Report of the Municipal Commissioner on the plague in Bombay for the year ending 31st May... - Volume 1
Disease focus: Plague
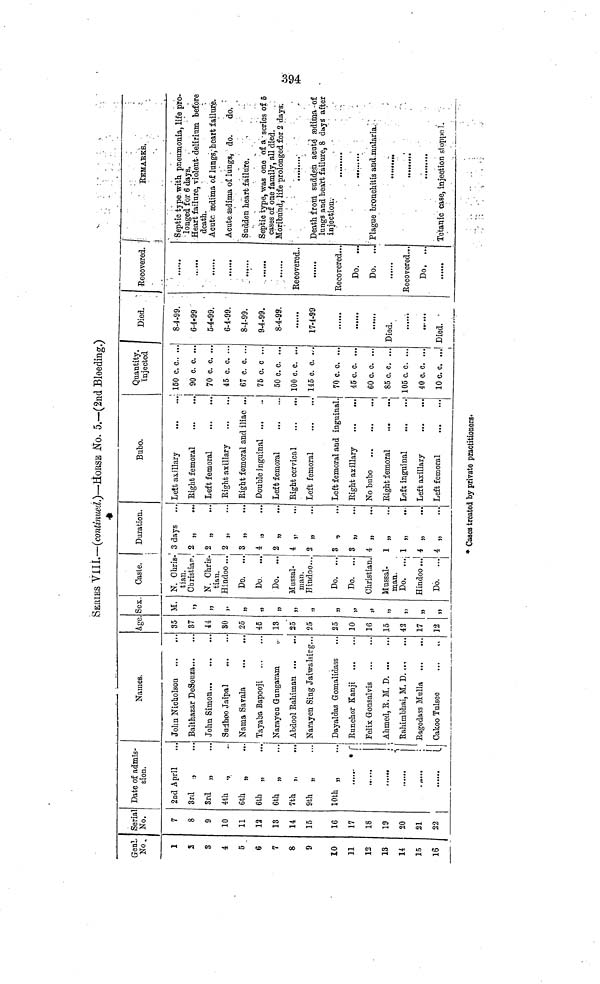
394
SERIES YilL—(continued.)—HOESI No. 5.—(2nd Bleeding.)
Geni.
No.
1
2
3
4
5
6
7
g
9
10
11
12
13
14
15
16
Serial
No.
7
8
9
10
11
12
13
14
15
16
17
18
19
20
21
22
Date of admis-
sion.
2nd April
3rd
.,
3rd „
4th
.,
6*
6th „
6th „
7th j,
...
9th „
10th ,
,...„ * r
""'
1
......
,
•^i
i
Names.
John Nicholson
Balthazar DeSouza
John Simon
Sudhoo Jaipal
Ñama Savala
Tayaba Bapooji
Narayen Gungavam
Abdool Rahiinan ·«·
··.
Narayen Sing Jaiwalsirg...
Da váidas Gomalidass
...
Runchor Kanji ...
...
Felix Gronsalvis
Ahmed, S.M. D
Rahimbhai, M. D. ..-,
Ragodass Mulla ...
...
Cakoo Tulseo
Age.
35
37
44
80
25
45
13
25
25
25
10
16
15
43
17
12
Sex.
M.
>>
»
Jl
5)
»
»
J7
1)
3)
»
J>
11
J)
W
11
Caste,
N. Chris-
tian.
Cbristiar.
N. Chris-
tian.
Hindoo ...
Do.
...
Do.
...
Do. ...
Mussal-
man.
Hindoo...
Do. ...
Do. ...
Christian.
Mussal-
man.
Do. ...
Hindoo ...
Do.
...
Duration.
3 days
2 „
2 „
...
2 „
3 „
4
2 „
4 .,
>
2 „
3 „
3 ..
t)
4 „
1 „
1 „
4 „
4 „
Bubo.
Leit axillary
Right femoral
Left femoral
Right axillary
Right femoral and iliac ...
Double inguinal ...
Left femoral
Right cervical
Left femoral
Left femoral and inguinal.
Right axillary
No bubo
Right femoral
.»
Left inguinal
Left axillary
Left femoral
Quantity.
Injected
150 c. c.. ..
90 c. c. ...
70 c. c. ..
45 c. c. ...
67 c. c. ...
75 c. c ...
50 c. c. ...
100 c. c. ...
145 c. c. ..·.
70 c. c. ...
45 c. c. ...
60 c. c. ...
85 c. c. ...
105 c. c. ...
40 c. c. ...
10 c.c. .,.!
Died.
8-4-99.
6-4-99
5-4-99.
6-4-99.
84-99.
94-99.
8-4-99.
17-1-99
Died.
.....1
Died.
Recovered.
......
··· t··
Recovered..
......
Recovered...
Do.
Do. ...
..... .
Recovered.·..
Do. ...
j
RBMAEKB.
!
Septic type with pneumonia, life pro-
longed for 6 days.
Heart failure, violent- delirium before
death.
Acute sodima of lungs, 1 heart failure.
Acute redima of lunga f do.
do.
Sudden heart failure.
Septic type, was one of a series of 5
cases of one family, all died.
Moribundj life prolonged for 2 days.
Death from sudd.eü acate íedima of
lungs and heart failure, 8 duys" after
injection;
Plague bronchitis and .malaria.
......I..
Tetanic case, injection stoppe!.
* Cases treated by private practitioners·